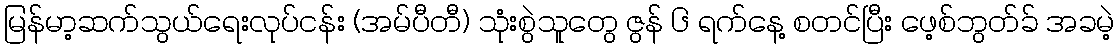
မြန်မာ့ဆက်သွယ်ရေးလုပ်ငန်း (အမ်ပီတီ) သုံးစွဲသူတွေ ဇွန် ၆ ရက်နေ့ စတင်ပြီး ဖေ့စ်ဘွတ်ခ် အခမဲ့